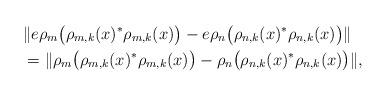
LaTeX: \begin{align*} &\|e \rho_m\big(\rho_{m,k}(x)^*\rho_{m,k}(x)\big) - e \rho_n\big(\rho_{n,k}(x)^*\rho_{n,k}(x)\big)\|\\ &= \|\rho_m\big(\rho_{m,k}(x)^*\rho_{m,k}(x)\big) - \rho_n\big(\rho_{n,k}(x)^*\rho_{n,k}(x)\big)\|,\end{align*}